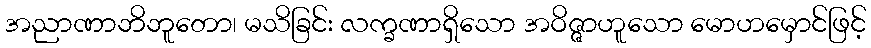
အညာဏာဘိဘူတော၊ မသိခြင်း လက္ခဏာရှိသော အဝိဇ္ဇာဟူသော မောဟမှောင်ဖြင့်